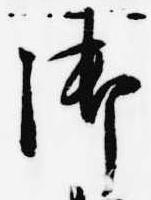
御